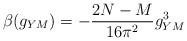
LaTeX: \begin{align*}\beta (g_{YM} ) = - \frac{2N-M}{16 \pi^2} g_{YM}^{3}\end{align*}